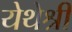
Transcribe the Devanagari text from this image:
येथेश्री